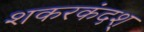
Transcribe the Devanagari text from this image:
शकरकंदश्